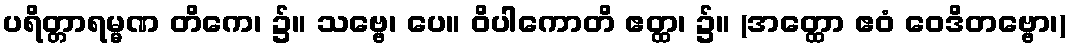
ပရိတ္တာရမ္မဏ တိကေ၊ ၌။ သဗ္ဗေ၊ ပေ။ ဝိပါကောတိ ဧတ္ထ၊ ၌။ (အတ္ထော ဧဝံ ဝေဒိတဗ္ဗော၊)